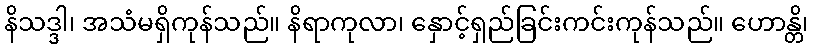
နိသဒ္ဒါ၊ အသံမရှိကုန်သည်။ နိရာကုလာ၊ နှောင့်ရှည်ခြင်းကင်းကုန်သည်။ ဟောန္တိ၊